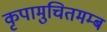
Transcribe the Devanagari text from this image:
कृपामुचितमम्ब